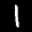
Label: 1